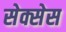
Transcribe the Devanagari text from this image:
सेक्सेस